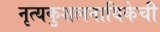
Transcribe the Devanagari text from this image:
नृत्यकुशलनायिकेची